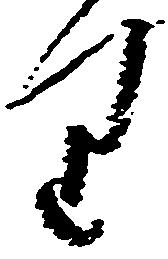
り